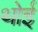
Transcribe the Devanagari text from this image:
थोई